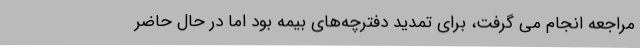
مراجعه انجام می گرفت، برای تمدید دفترچه‌های بیمه بود اما در حال حاضر